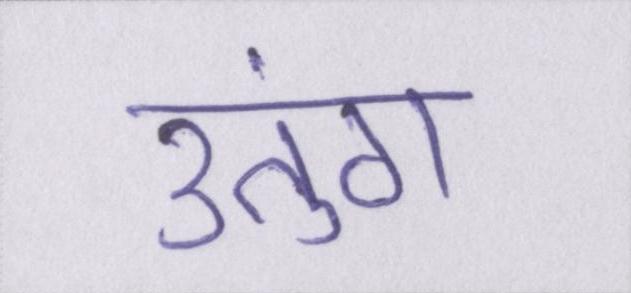
उतुंग